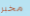
مخبر